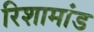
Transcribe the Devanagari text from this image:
रिशामांड